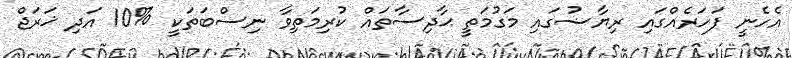
އެހެނީ ފަހަރެއްގައި ރިޔާޟުގައި މަގުމަތީ ޙާދިސާތައް ކުރިމަތިވާ ނިސްބަތަކީ %10 އަދި ޚަރަޖް